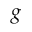
g